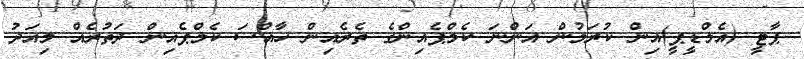
ޕާޓީ (އެމްޑީޕީ)އިން ކުރަމުން އަންނަ ކެމްޕެއިންގެ ތެރެއިން ހާއްސަ ކެމްޕެއިން ދަތުރެއް މިއަދު